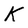
Character: k